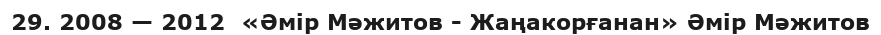
29. 2008 — 2012  «Әмір Мәжитов - Жаңакорғанан» Әмір Мәжитов